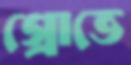
গ্রোভে